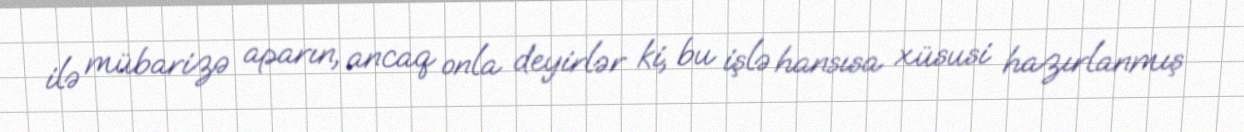
ilə mübarizə aparın, ancaq onla deyirlər ki, bu işlə hansısa xüsusi hazırlanmış